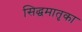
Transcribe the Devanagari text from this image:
सिद्धमातृका